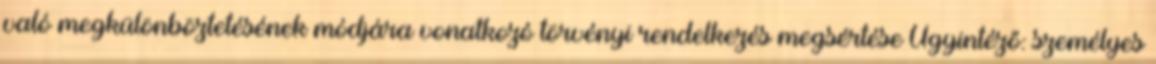
való megkülönböztetésének módjára vonatkozó törvényi rendelkezés megsértése Ügyintéző: személyes